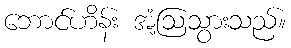
ဘောင်ဟိန်း အံ့ဩသွားသည်။